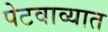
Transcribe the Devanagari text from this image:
पेटवाव्यात